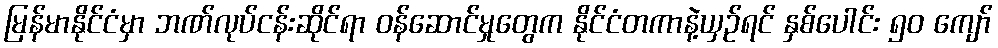
မြန်မာနိုင်ငံမှာ ဘဏ်လုပ်ငန်းဆိုင်ရာ ဝန်ဆောင်မှုတွေက နိုင်ငံတကာနဲ့ယှဉ်ရင် နှစ်ပေါင်း ၅၀ ကျော်